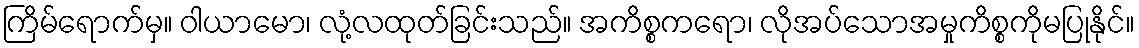
ကြိမ်ရောက်မှ။ ဝါယာမော၊ လုံ့လထုတ်ခြင်းသည်။ အကိစ္စကရော၊ လိုအပ်သောအမှုကိစ္စကိုမပြုနိုင်။